Calcutta medical institutions reports 1879-81 [i.e.91]
Year: 1879
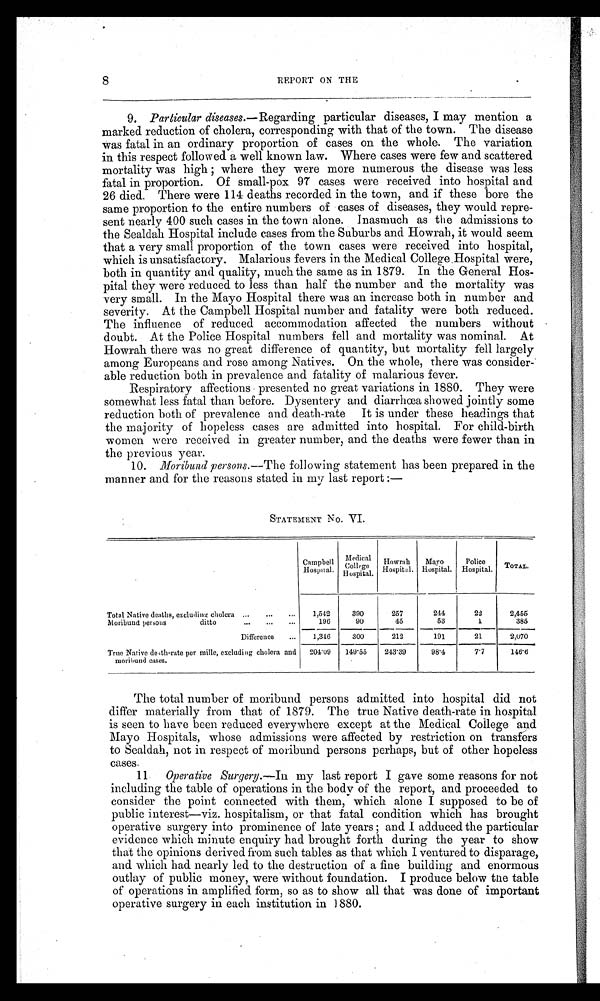
8 REPORT ON THE
9. Particular diseases. —Regarding particular diseases, I may mention a
marked reduction of cholera, corresponding with that of the town. The disease
was fatal in an ordinary proportion of cases on the whole. The variation
in this respect followed a well known law. Where cases were few and scattered
mortality was high; where they were more numerous the disease was less
fatal in proportion. Of small-pox 97 cases were received into hospital and
26 died. There were 114 deaths recorded in the town, and if these bore the
same proportion to the entire numbers of cases of diseases, they would repre
sent nearly 400 such cases in the town alone. Inasmuch as the admissions to
the Sealdah Hospital include cases from the Suburbs and Howrah, it would seem
that a very small proportion of the town cases were received into hospital,
which is unsatisfactory. Malarious fevers in the Medical College Hospital were,
both in quantity and quality, much the same as in 1879. In the General Hos
pital they were reduced to less than half the number and the mortality was
very small. In the Mayo Hospital there was an increase both in number and
severity. At the Campbell Hospital number and fatality were both reduced.
The influence of reduced accommodation affected the numbers without
doubt. At the Police Hospital numbers fell and mortality was nominal. At
Howrah there was no great difference of quantity, but mortality fell largely
among Europeans and rose among Natives. On the whole, there was consider
able reduction both in prevalence and fatality of malarious fever.
Respiratory affections presented no great variations in 1880. They were
somewhat less fatal than before. Dysentery and diarrhœa showed jointly some
reduction both of prevalence and death-rate It is under these headings that
the majority of hopeless cases are admitted into hospital. For child-birth
women were received in greater number, and the deaths were fewer than in
the previous year.
10. Moribund persons .—The following statement has been prepared in the
manner and for the reasons stated in my last report:—
STATEMENT No. VI.
Campbell
Hospital.
Medical
College
Hospital. Howrah
Hospital. Mayo
Hospital.
Police
Hospital. TOTAL.
Total Native deaths, excluding cholera
1,542
390
257
244
22
2,455
Moribund persons
ditto
196
90
45
53
1
385
Difference
1 , 3 4 6
300
212
191
21
2,070
True Native death-rate per mille, excluding cholera and
moribund cases.
204.09 149.55
243.39
98.4
7.7
146.6
The total number of moribund persons admitted into hospital did not
differ materially from that of 1879. The true Native death-rate in hospital
is seen to have been reduced everywhere except at the Medical College and
Mayo Hospitals, whose admissions were affected by restriction on transfers
to Sealdah, not in respect of moribund persons perhaps, but of other hopeless
cases.
11. Operative Surgery.—In my last report I gave some reasons for not
including the table of operations in the body of the report, and proceeded to
consider the point connected with them, which alone I supposed to be of
public interest—viz. hospitalism, or that fatal condition which has brought
operative surgery into prominence of late years; and I adduced the particular
evidence which minute enquiry had brought forth during the year to show
that the opinions derived from such tables as that which I ventured to disparage,
and which had nearly led to the destruction of a fine building and enormous
outlay of public money, were without foundation. I produce below the table
of operations in amplified form, so as to show all that was done of important
operative surgery in each institution in 1880.